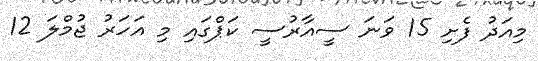
މިއަދު ފެށި 15 ވަނަ ސީއާރުސީ ކަޕްގައި މި އަހަރު ޖުމްލަ 12